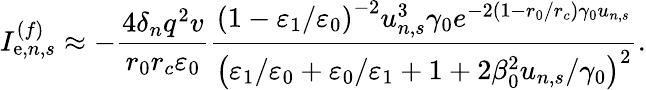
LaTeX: I_{\mathrm{e},n,s}^{(f)}\approx-\frac{4\delta_{n}q^{2}v}{r_{0}r_{c}\varepsilon_{0}}\frac{\left(1-\varepsilon_{1}/\varepsilon_{0}\right)^{-2}u_{n,s}^{3}\gamma_{0}e^{-2\left(1-r_{0}/r_{c}\right)\gamma_{0}u_{n,s}}}{\left(\varepsilon_{1}/\varepsilon_{0}+\varepsilon_{0}/\varepsilon_{1}+1+2\beta_{0}^{2}u_{n,s}/\gamma_{0}\right)^{2}}.